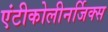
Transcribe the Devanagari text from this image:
एंटीकोलीनर्जिक्स